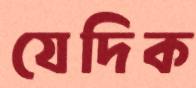
যেদিক